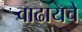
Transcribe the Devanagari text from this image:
वाढायचे